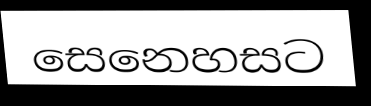
සෙනෙහසට